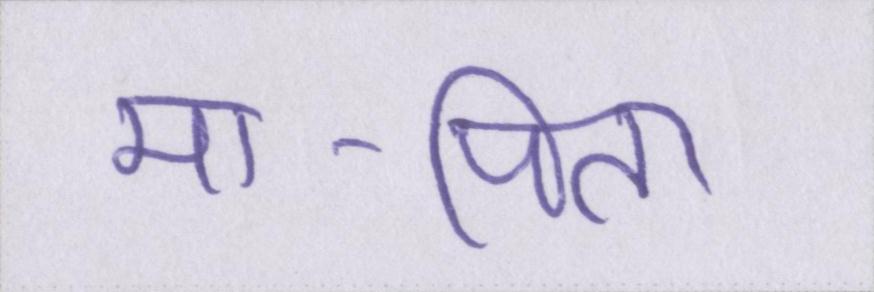
मा-पिता